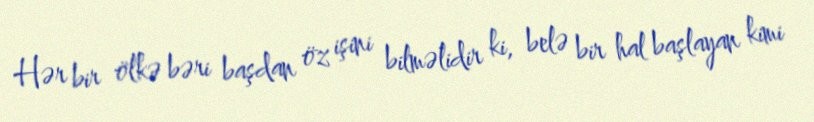
Hər bir ölkə bəri başdan öz işini bilməlidir ki, belə bir hal başlayan kimi